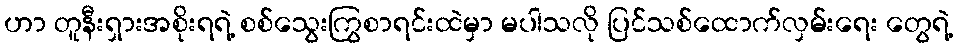
ဟာ တူနီးရှားအစိုးရရဲ့ စစ်သွေးကြွစာရင်းထဲမှာ မပါသလို ပြင်သစ်ထောက်လှမ်းရေး တွေရဲ့